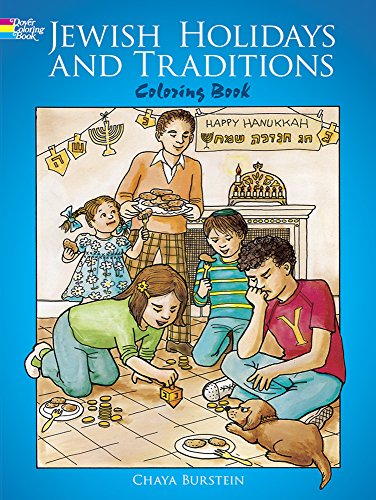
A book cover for Jewish Holidays and Traditions Coloring Book (Dover Holiday Coloring Book); Chaya Burstein; Children's Books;